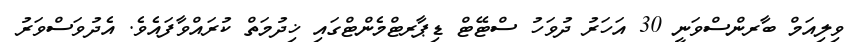
ވިލިއަމް ބާރންސްވަނީ 30 އަހަރު ދުވަހު ސްޓޭޓް ޑިޕާރޓްމެންޓްގައި ޚިދުމަތް ކުރައްވާފައެވެ. އެދުވަސްވަރު